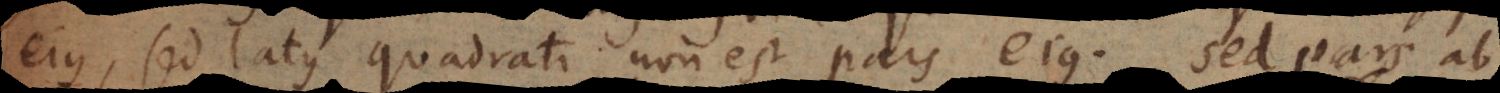
ejus, sed latus quadrati non est pars ejus. Sed pars ab